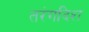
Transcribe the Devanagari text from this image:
तरंगदिश